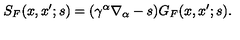
S _ { F } ( x , x ^ { \prime } ; s ) = ( \gamma ^ { \alpha } \nabla _ { \alpha } - s ) G _ { F } ( x , x ^ { \prime } ; s ) .